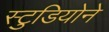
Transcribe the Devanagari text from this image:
स्टुडियोने